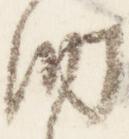
納